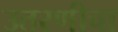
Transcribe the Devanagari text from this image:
उतरणीचा